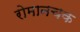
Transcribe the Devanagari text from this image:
रोमानचक